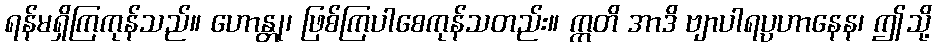
ရန်မရှိကြကုန်သည်။ ဟောန္တု၊ ဖြစ်ကြပါစေကုန်သတည်း။ ဣတိ အာဒိ ဗျာပါရပ္ပဟာနေန၊ ဤသို့